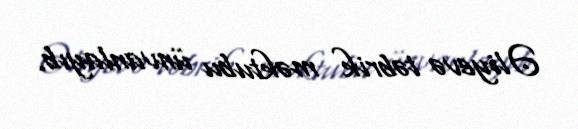
Əliyevə təbrik məktubu ünvanlayıb.